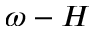
\omega - H